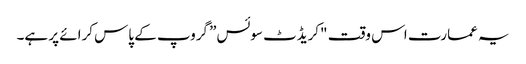
یہ عمارت اس وقت "کریڈٹ سوئس” گروپ کے پاس کرائے پر ہے۔